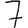
Digit: 7